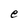
Character: e